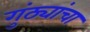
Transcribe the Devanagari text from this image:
गुंठ्यांचा